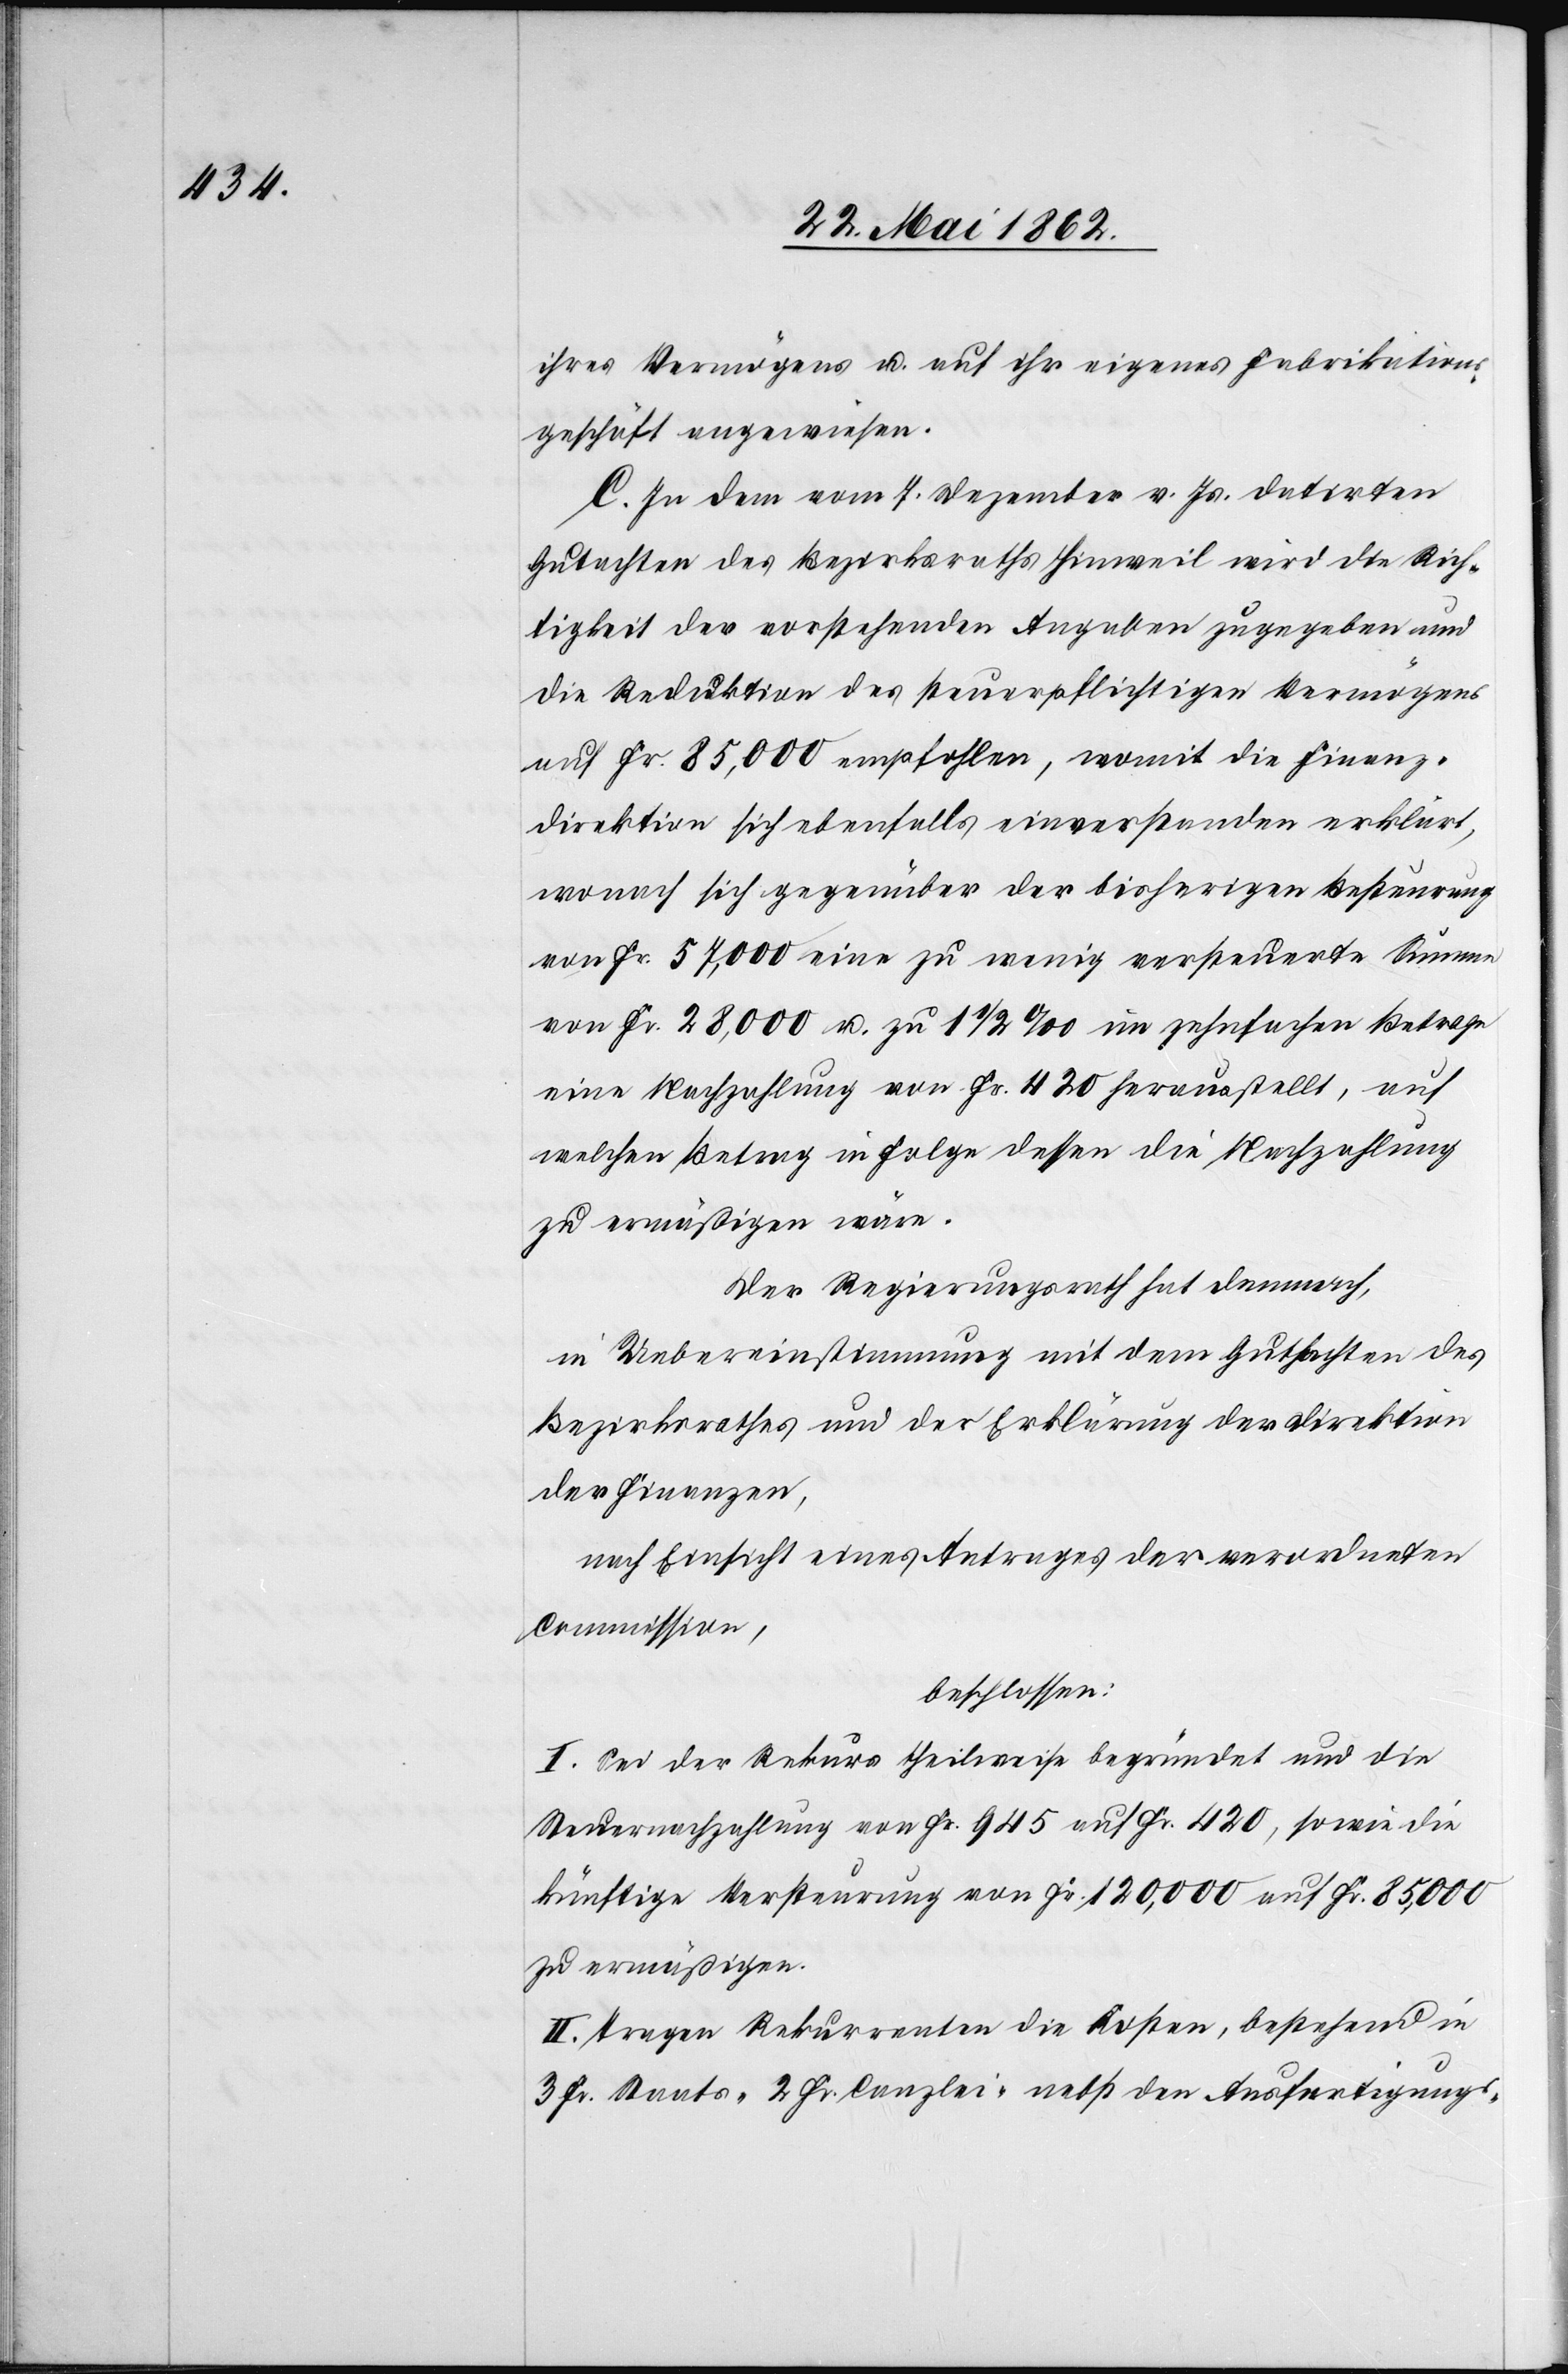
ihres Vermögens u. auf ihr eigenes Fabrikations¬
geschäft angewiesen.
C. In dem vom 7. Dezember v. Js. datirten
Gutachten des Bezirksraths Hinweil wird die Rich¬
tigkeit der vorstehenden Angaben zugegeben und
die Reduktion des steuerpflichtigen Vermögens
auf Fr. 85,000 empfohlen, womit die Finanz¬
direktion sich ebenfalls einverstanden erklärt,
wonach sich gegenüber der bisherigen Besteurung
auf Fr. 57,000 eine zu wenig versteuerte Summe
von Fr. 28,000 u. zu 1 1/2‰ im zehnfachen Betrage
eine Nachzahlung von Fr. 420 herausstellt, auf
welchen Betrag in Folge dessen die Nachzahlung
zu ermäßigen wäre.
Der Regierungsrath hat demnach:
In Uebereinstimmung mit dem Gutachten des
Bezirksrathes und der Erklärung der Direktion
der Finanzen,
nach Einsicht eines Antrages der verordneten
Commission,
beschlossen:
I. Sei der Rekurs theilweise begründet und die
Steuernachzahlung von Fr. 945 auf Fr. 420, sowie die
künftige Versteurung von Fr. 120,000 auf Fr. 85,000
zu ermäßigen.
II. Tragen Rekurrenten die Kosten, bestehend in
3 Fr. Staats-[,] 2 Fr. Canzlei- nebst den Ausfertigungs-